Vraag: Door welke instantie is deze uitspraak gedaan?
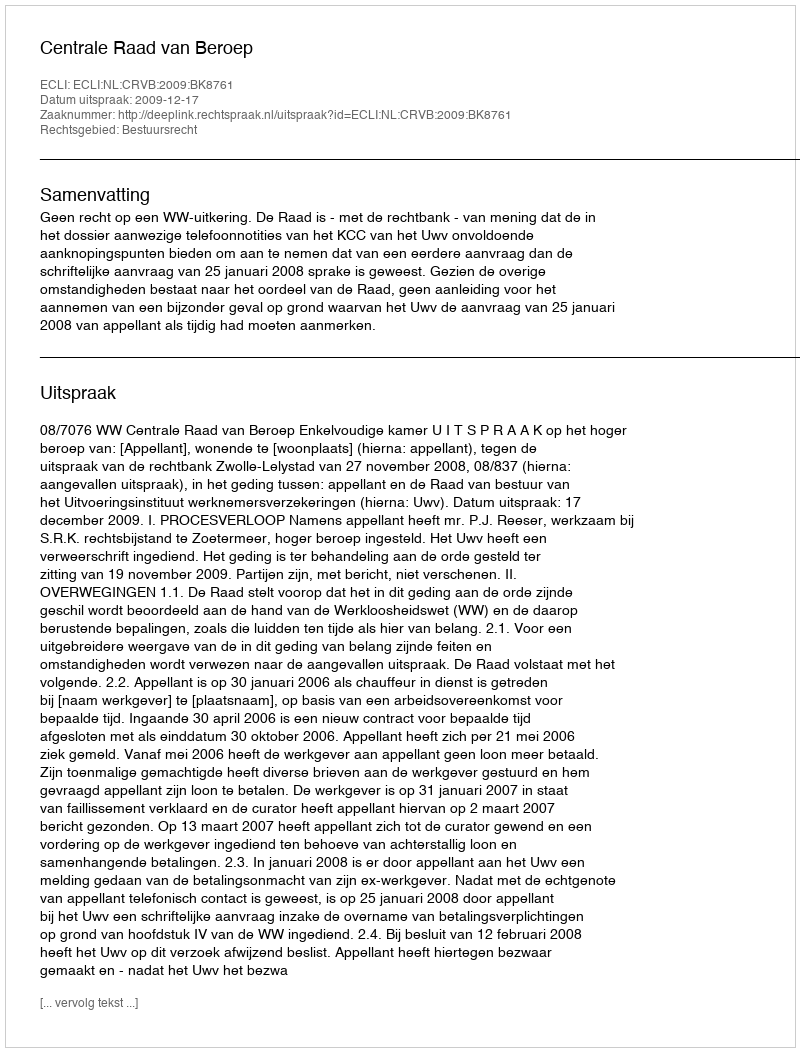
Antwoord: Centrale Raad van Beroep